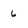
Character: 6